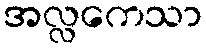
အလ္လကေသာ